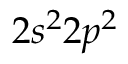
2 s ^ { 2 } 2 p ^ { 2 }